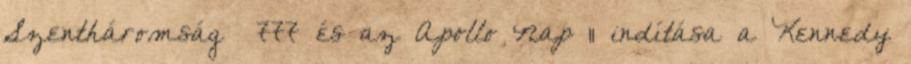
Szentháromság 777 és az Apollo Nap 11 indítása a Kennedy